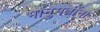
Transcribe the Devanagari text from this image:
भानुमतींना